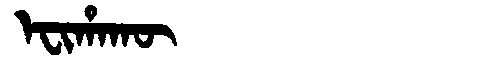
Manchu: ᡝᠸᡳᡥᠠᡴᡡ
Romanization: EFIHAKŪ